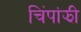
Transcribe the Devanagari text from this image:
चिंपांझी